Senior Leaving Certificate Examination (including Day School Certificate (Higher) General paper), 1947
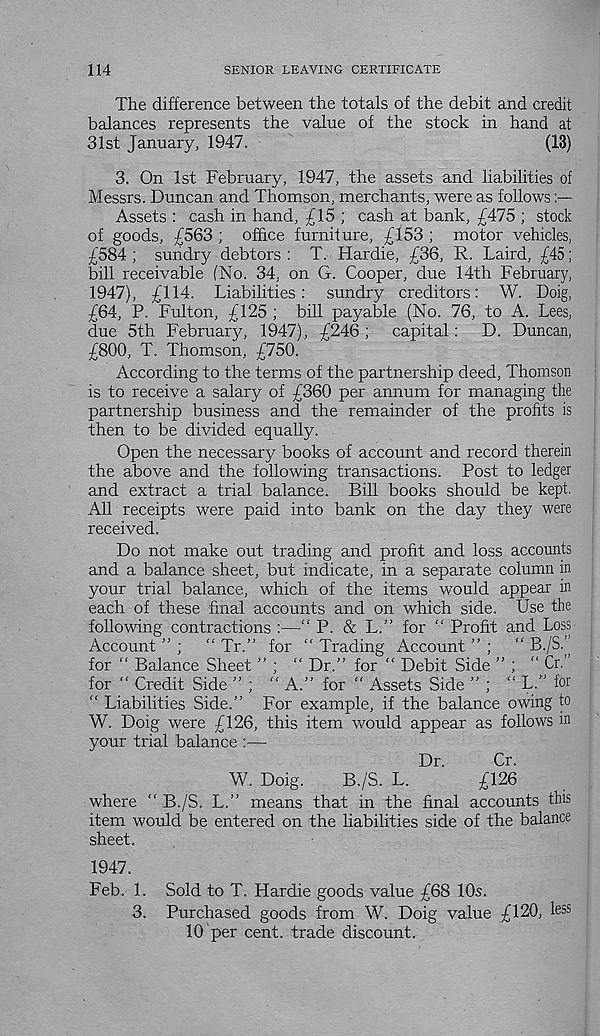
114
SENIOR LEAVING CERTIFICATE
The difference between the totals of the debit and credit
balances represents the value of the stock in hand at
31st January, 1947.
(13)
3. On 1st February, 1947, the assets and liabilities of
Messrs. Duncan and Thomson, merchants, were as follows
Assets : cash in hand, £15 ; cash at bank, £475 ; stock
of goods, £563 ; office furniture, £153 ; motor vehicles,
£584 ; sundry debtors : T. Hardie, £36, R. Laird, £45;
bill receivable (No. 34, on G. Cooper, due 14th February,
1947), £114. Liabilities: sundry creditors: W. Doig,
£64, P. Fulton, £125 ; bill payable (No. 76, to A. Lees,
due 5th February, 1947), £246 ; capital:
D. Duncan,
£800, T. Thomson, £750.
According to the terms of the partnership deed, Thomson
is to receive a salary of £360 per annum for managing the
partnership business and the remainder of the profits is
then to be divided equally.
Open the necessary books of account and record therein
the above and the following transactions. Post to ledger
and extract a trial balance. Bill books should be kept.
All receipts were paid into bank on the day they were
received.
Do not make out trading and profit and loss accounts
and a balance sheet, but indicate, in a separate column in
your trial balance, which of the items would appear in
each of these final accounts and on which side. Use the
following contractions :—“ P. & L.” for “ Profit and Loss
Account ” ;
“ Tr.” for " Trading Account ” ;
“ B./S.’
for “ Balance Sheet ” ; “ Dr.” for “ Debit Side ” ; ‘‘ Cr.’
for “ Credit Side ” ; ” A.” for " Assets Side ” ; “ L.” tor
“ Liabilities Side.” For example, if the balance owing to
W. Doig were £126, this item would appear as follows in
your trial balance :—
Dr.
Cr.
W. Doig.
B./S. L.
£126
where ” B./S. L.” means that in the final accounts this
item would be entered on the liabilities side of the balance
sheet.
1947.
Feb. 1. Sold to T. Hardie goods value £68 10s.
3. Purchased goods from W. Doig value £120, le ss
10 per cent, trade discount.